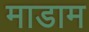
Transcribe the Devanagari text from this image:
माडाम